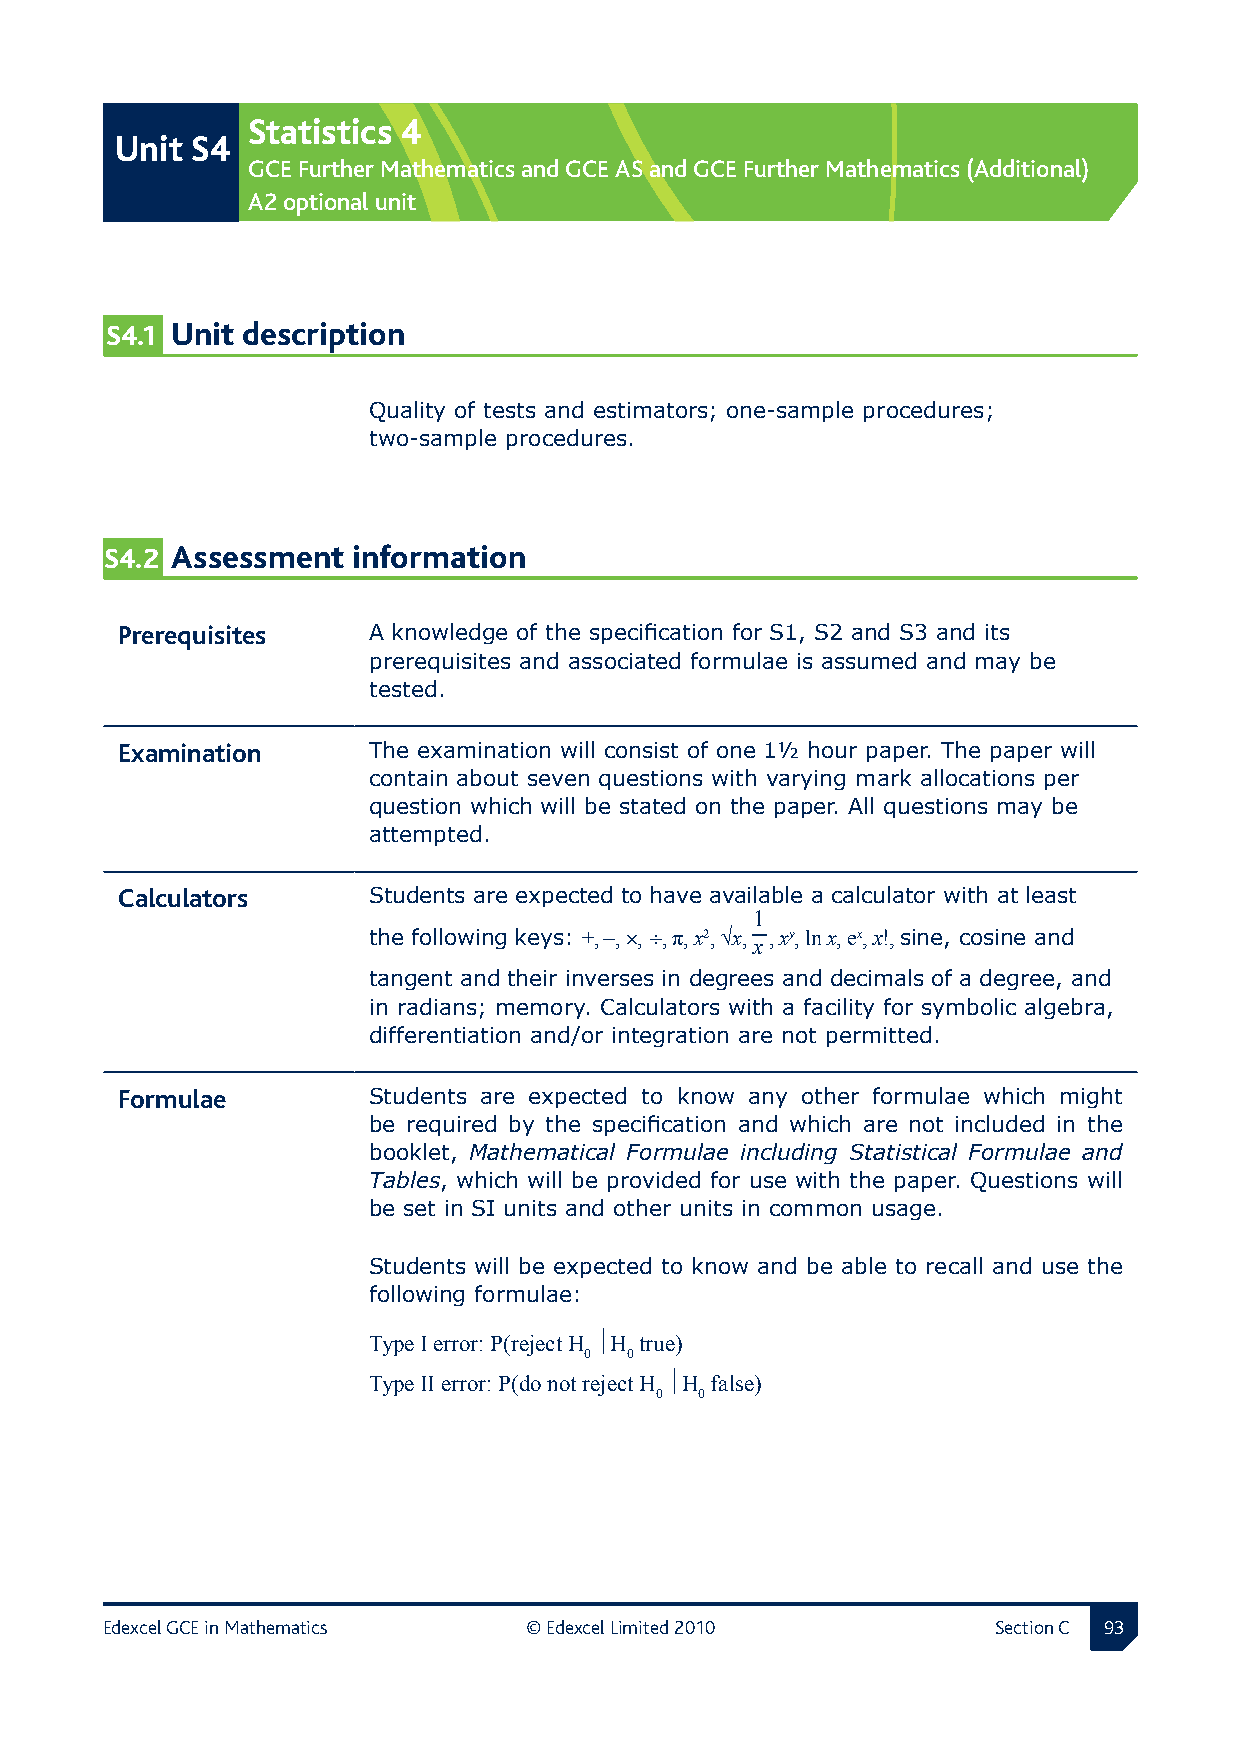
Statistics 4
 Unit S4
 GCE Further Mathematics and GCE AS and GCE Further Mathematics (Additional)
 A2 optional unit
 S4.1 Unit description
 Quality of tests and estimators; one-sample procedures;
 two-sample procedures.
 S4.2 Assessment information
 Prerequisites  A knowledge of the specification for S1, S2 and S3 and its
 prerequisites and associated formulae is assumed and may be
 tested.
 Examination    The examination will consist of one 1½ hour paper. The paper will
 contain about seven questions with varying mark allocations per
 question which will be stated on the paper. All questions may be
 attempted.
 Calculators     Students are expected to have available a calculator with at least
 1
 the following keys: +, −, ×, ÷, π, x2, √x, x, xy, ln x, ex, x!, sine, cosine and
 tangent and their inverses in degrees and decimals of a degree, and
 in radians; memory. Calculators with a facility for symbolic algebra,
 differentiation and/or integration are not permitted.
 Formulae       Students are expected to know any other formulae which might
 be required by the specification and which are not included in the
 booklet, Mathematical Formulae including Statistical Formulae and
 Tables, which will be provided for use with the paper. Questions will
 be set in SI units and other units in common usage.
 Students will be expected to know and be able to recall and use the
 following formulae:
 Type I error: P(reject H H true)
 0 0
 Type II error: P(do not reject H H false)
 0  0
 Edexcel GCE in Mathematics  © Edexcel Limited 2010         Section C 